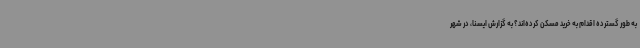
به طور گسترده اقدام به خرید مسکن کرده‌اند؟ به گزارش ایسنا، در شهر